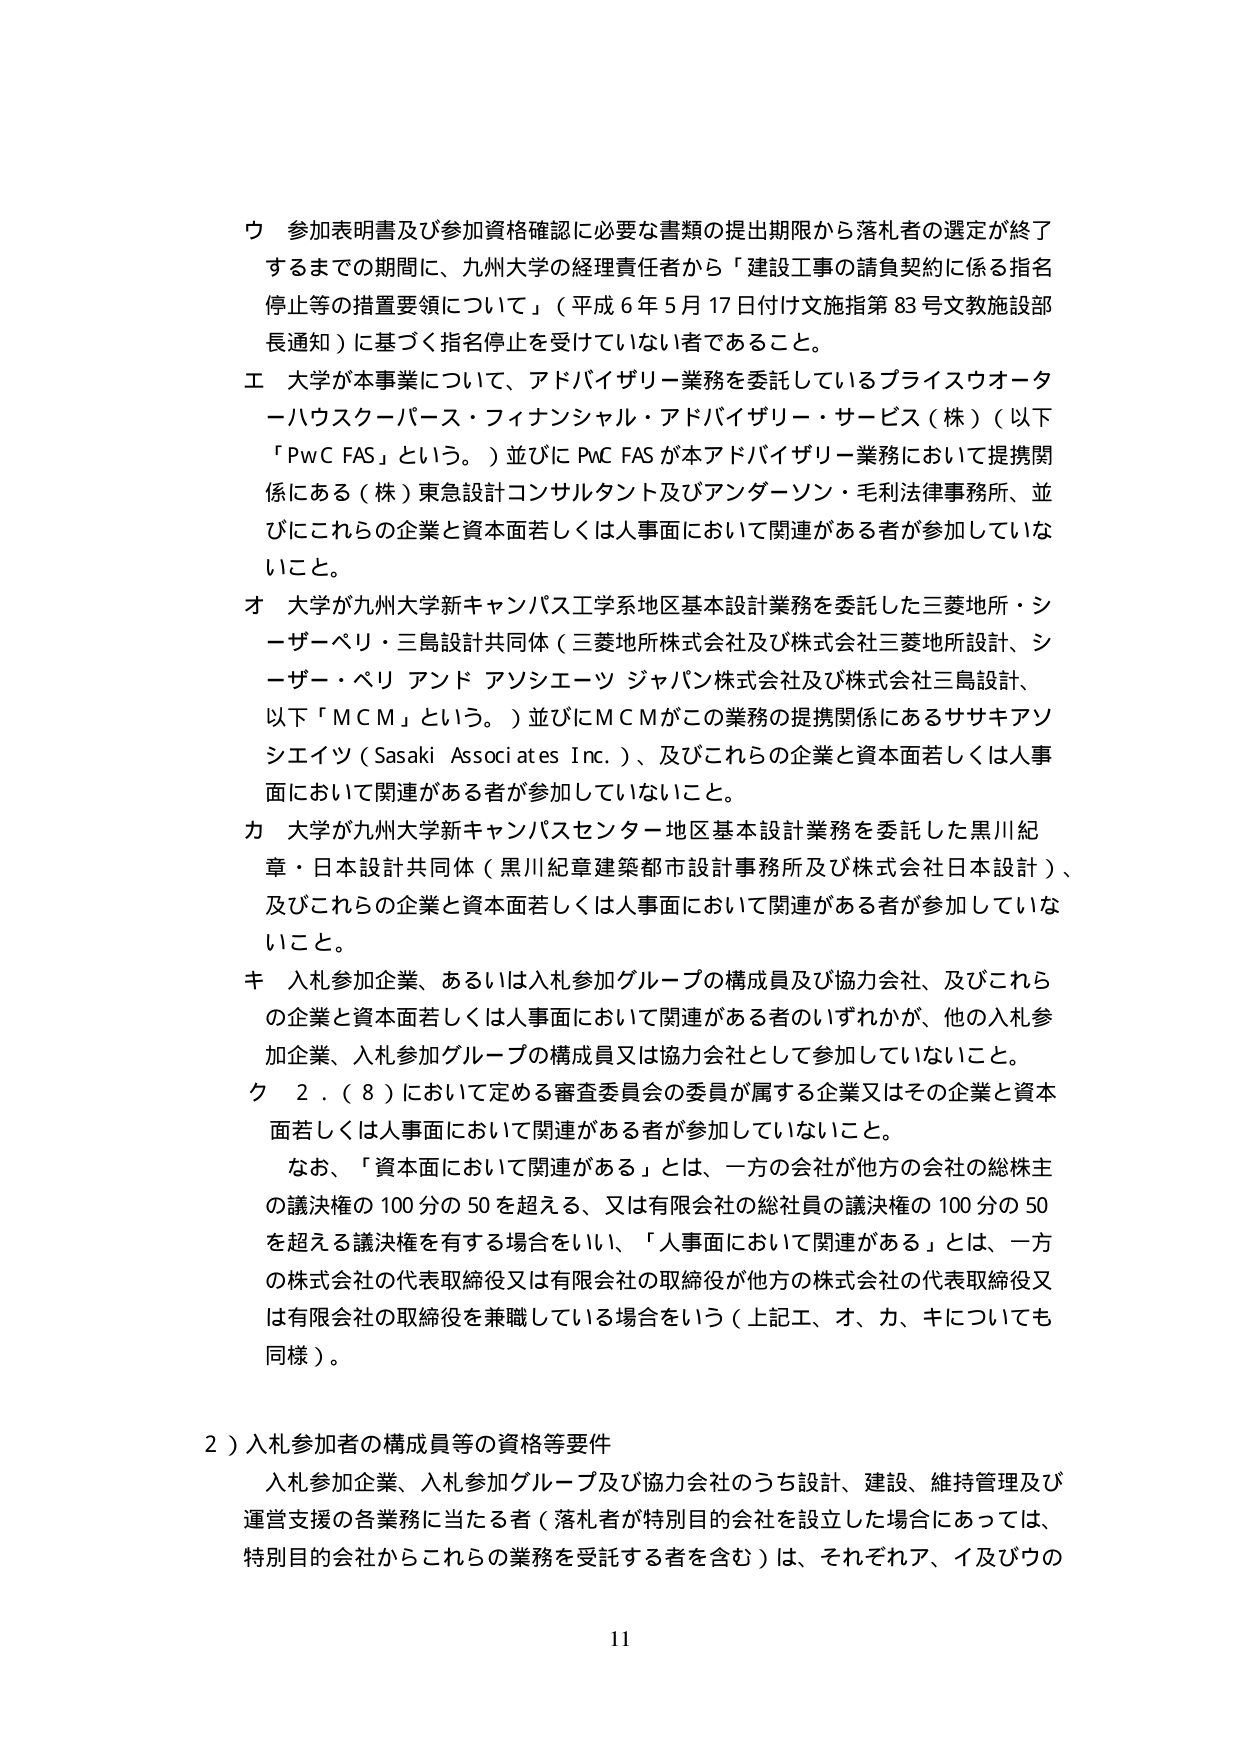
ウ 参加表明書及び参加資格確認に必要な書類の提出期限から落札者の選定が終了するまでの期間に、九州大学の経理責任者から「建設工事の請負契約に係る指名停止等の措置要領について」（平成６年５月17日付け文施指第83号文教施設部長通知）に基づく指名停止を受けていない者であること。

エ 大学が本事業について、アドバイザリー業務を委託しているプライスウォーターハウスクーパース・フィナンシャル・アドバイザリー・サービス（株）（以下「PwC FAS」という。）並びにPwC FASが本アドバイザリー業務において提携関係にある（株）東急設計コンサルタント及びアンダーソン・毛利法律事務所、並びにこれらの企業と資本面若しくは人事面において関連がある者が参加していないこと。

オ 大学が九州大学新キャンパス工学系地区基本設計業務を委託した三菱地所・シーザーベリ・三島設計共同体（三菱地所株式会社及び株式会社三菱地所設計、シーザー・ベリ アンド アソシエーツ ジャパン株式会社及び株式会社三島設計、以下「ＭＣＭ」という。）並びにＭＣＭがこの業務の提携関係にあるササキアソシエイツ（Sasaki Associates Inc.）、及びこれらの企業と資本面若しくは人事面において関連がある者が参加していないこと。

カ 大学が九州大学新キャンパスセンター地区基本設計業務を委託した黒川紀章・日本設計共同体（黒川紀章建築都市設計事務所及び株式会社日本設計）、及びこれらの企業と資本面若しくは人事面において関連がある者が参加していないこと。

キ 入札参加企業、あるいは入札参加グループの構成員及び協力会社、及びこれらの企業と資本面若しくは人事面において関連がある者のいずれかが、他の入札参加企業、入札参加グループの構成員又は協力会社として参加していないこと。

ク 2．（8）において定める審査委員会の委員が属する企業又はその企業と資本面若しくは人事面において関連がある者が参加していないこと。

　なお、「資本面において関連がある」とは、一方の会社が他方の会社の総株主の議決権の100分の50を超える、又は有限会社の総社員の議決権の100分の50を超える議決権を有する場合をいい、「人事面において関連がある」とは、一方の株式会社の代表取締役又は有限会社の取締役が他方の株式会社の代表取締役又は有限会社の取締役を兼職している場合をいう（上記エ、オ、カ、キについても同様）。

2）入札参加者の構成員等の資格等要件

　入札参加企業、入札参加グループ及び協力会社のうち設計、建設、維持管理及び運営支援の各業務に当たる者（落札者が特別目的会社を設立した場合にあっては、特別目的会社からこれらの業務を受託する者を含む）は、それぞれア、イ及びウの

11